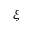
\xi